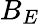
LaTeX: B_{E}